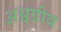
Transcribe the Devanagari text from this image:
अश्वग्रीव